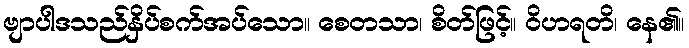
ဗျာပါဒသည်နှိပ်စက်အပ်သော။ စေတသာ၊ စိတ်ဖြင့်။ ဝိဟရတိ၊ နေ၏။